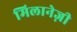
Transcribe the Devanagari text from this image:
मिलानेज़ी